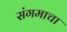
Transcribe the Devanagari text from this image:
संगमाचा